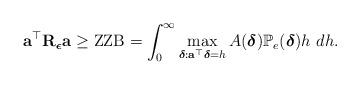
LaTeX: \begin{align*}\mathbf{a}^\top\mathbf{R}_{\boldsymbol{\epsilon}}\mathbf{a} \geq\mbox{ZZB}=\int_{0}^{\infty}\max_{\boldsymbol{\delta}:\mathbf{\mathbf{a}}^\top\boldsymbol{\delta}=h}A(\boldsymbol{\delta})\mathbb{P}_e(\boldsymbol{\delta})h ~ dh.\end{align*}